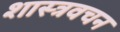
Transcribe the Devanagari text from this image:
शास्त्रवचन